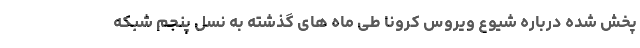
پخش شده درباره شیوع ویروس کرونا طی ماه های گذشته به نسل پنجم شبکه